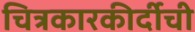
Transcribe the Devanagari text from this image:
चित्रकारकीर्दीची